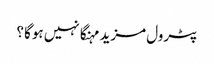
پٹرول مزید مہنگا نہیں ہوگا ؟